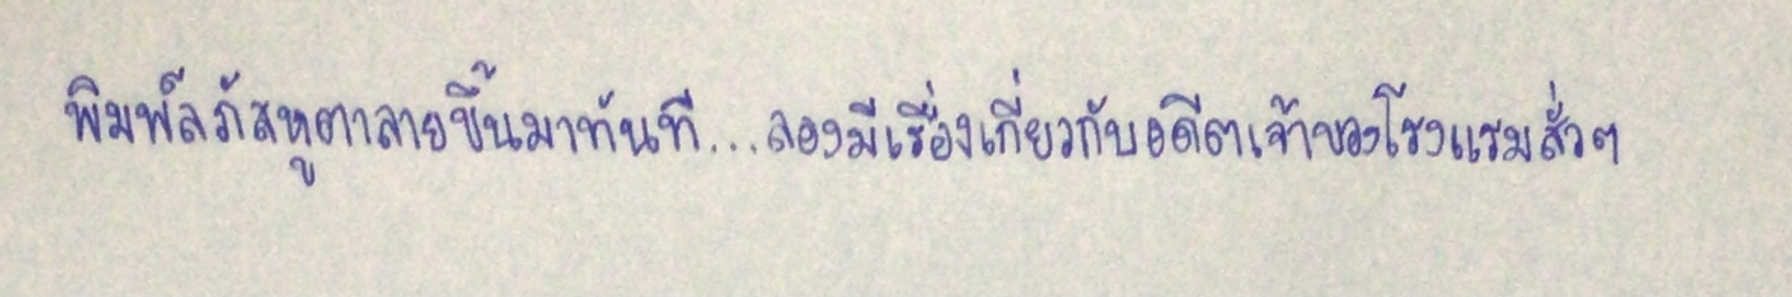
พิมพ์ลภัสหูตาลายขึ้นมาทันที...ลองมีเรื่องเกี่ยวกับอดีตเจ้าของโรงแรมสั่วๆ